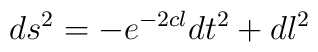
ds^{2}=-e^{-2cl}dt^{2}+dl^{2}